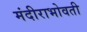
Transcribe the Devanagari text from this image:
मंदीराभोवती